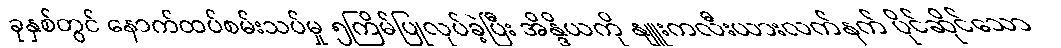
ခုနှစ်တွင် နောက်ထပ်စမ်းသပ်မှု ၅ကြိမ်ပြုလုပ်ခဲ့ပြီး အိန္ဒိယကို နျူးကလီးယားလက်နက် ပိုင်ဆိုင်သော